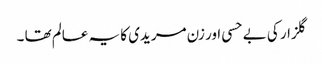
گلزار کی بے حسی اور زن مریدی کا یہ عالم تھا ۔